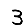
Digit: 3